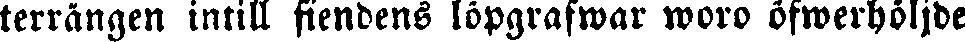
terrängen intill fiendens löpgrafwar woro öfwerhöljde